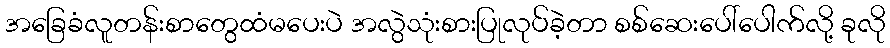
အခြေခံလူတန်းစာတွေထံမပေးပဲ အလွဲသုံးစားပြုလုပ်ခဲ့တာ စစ်ဆေးပေါ်ပေါက်လို့ ခုလို